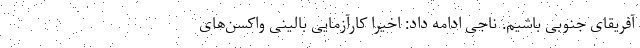
آفریقای جنوبی باشیم. ناجی ادامه داد: اخیرا کارآزمایی بالینی واکسن‌های